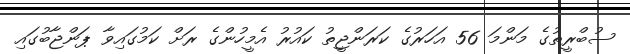
ސުބްރީތުގެ މަންމަ 56 އަހަރުގެ ކަރަންޖީތު ކައުރު އެމީހުންގެ ރަށް ކަމުގައިވާ ޕަންޖާބުގައި